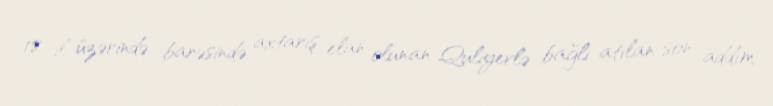
18 il üzərində barəsində axtarış elan olunan Quliyevlə bağlı atılan son addım